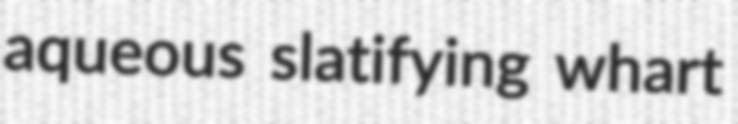
aqueous slatifying whart